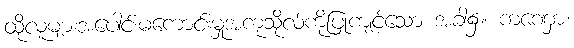
ထိုလူများအပေါင်းမကောင်းမှုအကုသိုလ်ကိုပြုကျင့်သော အခါ၌။ ကဏှော၊